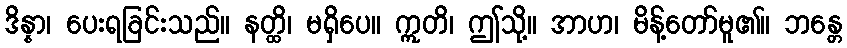
ဒိန္နာ၊ ပေးရခြင်းသည်။ နတ္ထိ၊ မရှိပေ။ ဣတိ၊ ဤသို့။ အာဟ၊ မိန့်တော်မူ၏။ ဘန္တေ